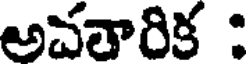
అచతారిక :